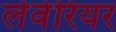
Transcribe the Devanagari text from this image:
लेवेरियर